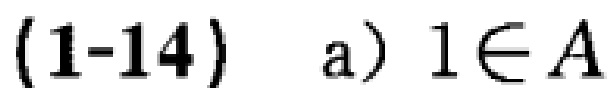
(1-14) a) \(1\in A\)